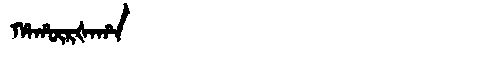
Manchu: ᡥᠠᡥᡡᡵᡧᠠᡥᠠ
Romanization: HAHŪRŠAHA